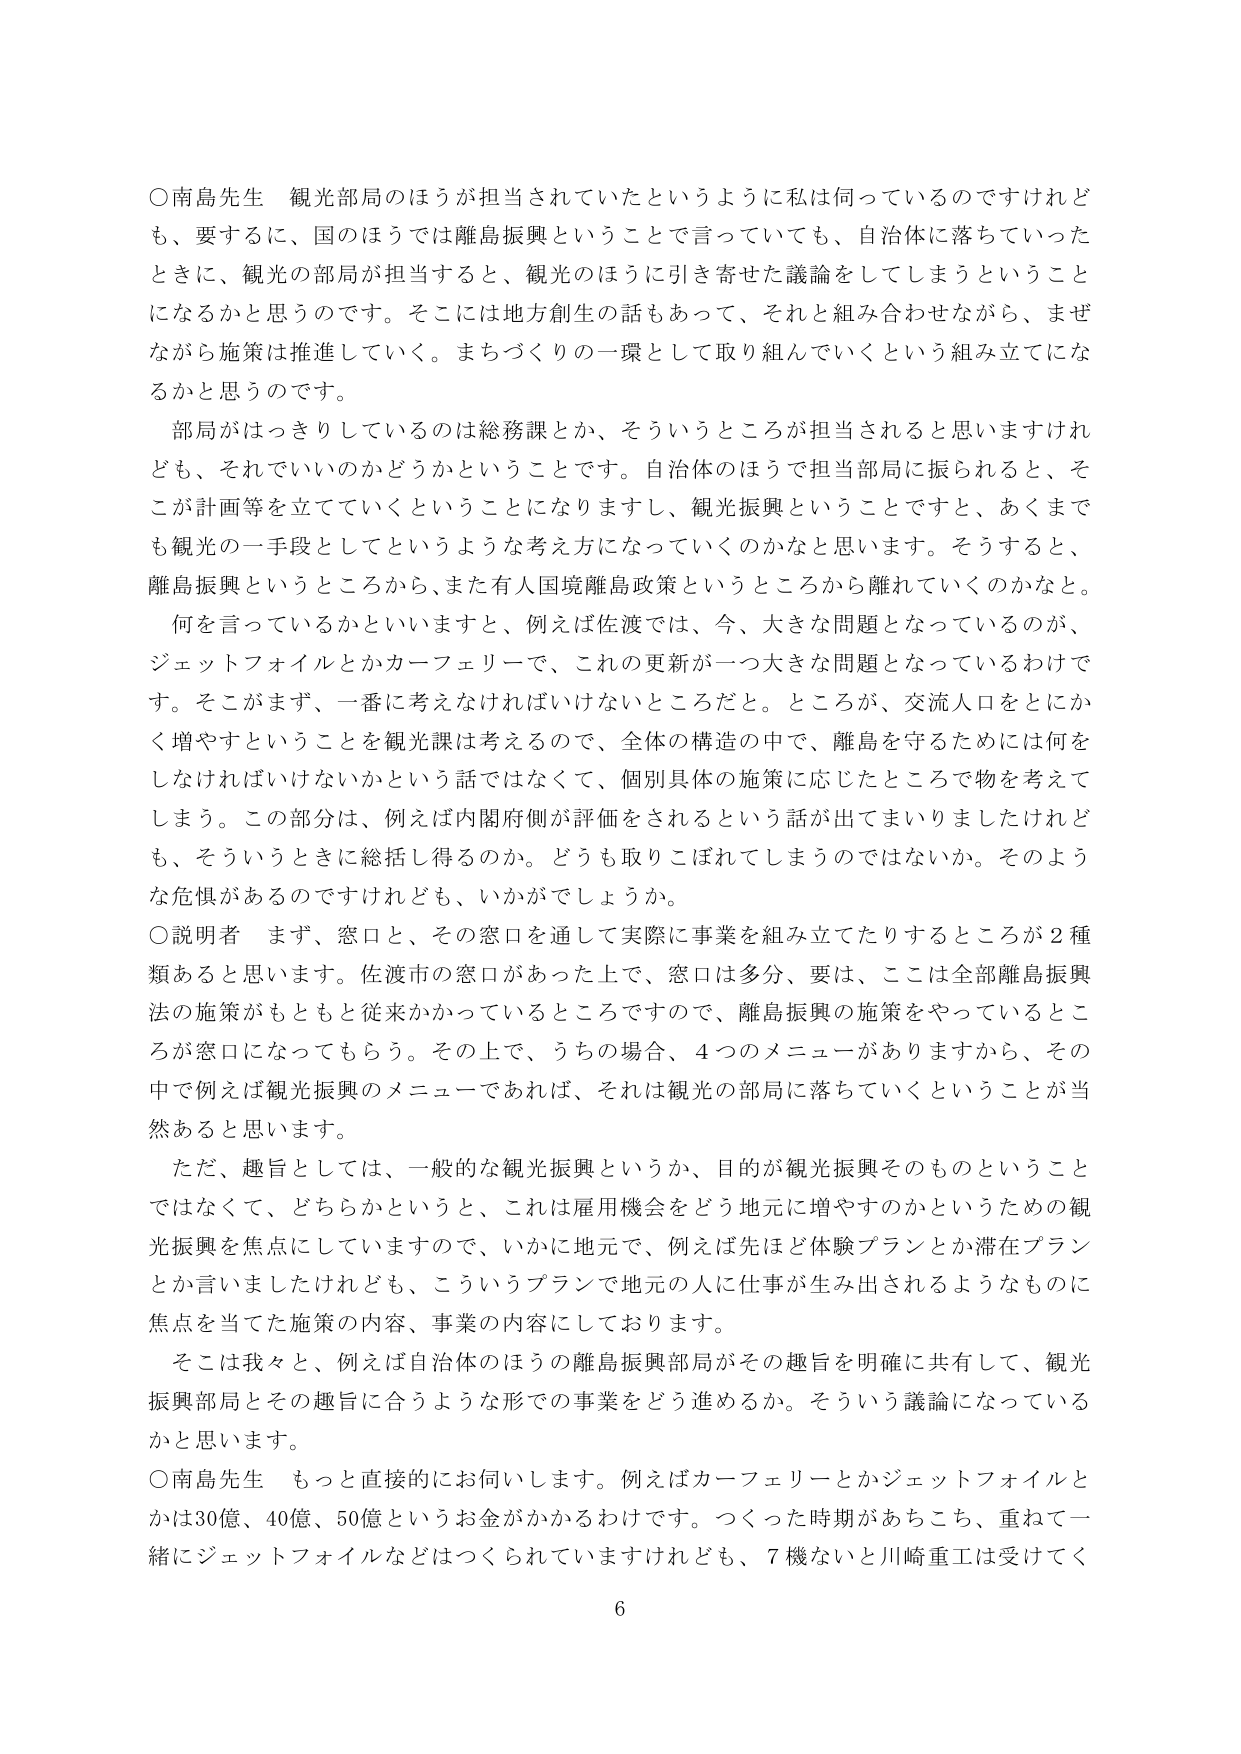
○南島先生 観光部局のほうが担当されていたというように私は何っているのですけれども、要するに、国のほうでは離島振興ということで言っていても、自治体に落ちていったときに、観光の部局が担当すると、観光のほうに引き寄せた議論をしてしまうということになるかと思うのです。そこには地方創生の話もあって、それと組み合わせながら、まぜながら施策は推進していく。まちづくりの一環として取り組んでいくという組み立てになるかと思うのです。

部局がはっきりしているのは総務課とか、そういうところが担当されると思いますけれども、それでいいのかどうかということです。自治体のほうで担当部局に振られると、そこが計画等を立てていくということになりますし、観光振興ということですと、あくまでも観光の一手段としてというような考え方になっていくのかなと思います。そうすると、離島振興というところから、また有人国境離島政策というところから離れていくのかなと。

何を言っているかといいますと、例えば佐渡では、今、大きな問題となっているのが、ジェットフォイルとかカーフェリーで、これの更新が一つ大きな問題となっているわけです。そこがまず、一番に考えなければならないところだと。ところが、交流人口をとにかく増やすということを観光課は考えるので、全体の構造の中で、離島を守るためには何をしなければいけないかという話ではなくて、個別具体的施策に応じたところで物を考えてしまう。この部分は、例えば内閣府側が評価をされるという話が出てまいりましたけれども、そういうときに総括し得るのか。どうも取りこぼれてしまうのではないか。そのような危惧があるのですけれども、いかがでしょうか。

○説明者 まず、窓口と、その窓口を通して実際に事業を組み立てたりするところが２種類あると思います。佐渡市の窓口があった上で、窓口は多分、要は、ここは全部離島振興法の施策がもともと従来かかっているところですので、離島振興の施策をやっているところが窓口になってもらう。その上で、うちの場合、４つのメニューがありますから、その中で例えば観光振興のメニューであれば、それは観光の部局に落ちていくということが当然あると思います。

ただ、趣旨としては、一般的な観光振興というか、目的が観光振興そのものということではなくて、どちらかというと、これは雇用機会をどう地元に増やすのかというための観光振興を焦点にしていますので、いかに地元で、例えば先ほど体験プランとか滞在プランとか言いましたけれども、こういうプランで地元の人に仕事が生み出されるようなものに焦点を当てた施策の内容、事業の内容にしております。

そこは我々と、例えば自治体のほうの離島振興部局がその趣旨を明確に共有して、観光振興部局とその趣旨に合うような形での事業をどう進めるか。そういう議論になっているかと思います。

○南島先生 もっと直接的にお伺いします。例えばカーフェリーとかジェットフォイルとかは30億、40億、50億というお金がかかるわけです。つくった時期があちこち、重ねて一緒にジェットフォイルなどはつくられていますけれども、7機ないと川崎重工は受けてく

6